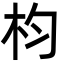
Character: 枃